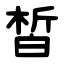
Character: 皙